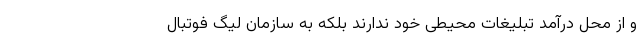
و از محل درآمد تبلیغات محیطی خود ندارند بلکه به سازمان لیگ فوتبال